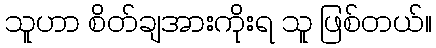
သူဟာ စိတ်ချအားကိုးရ သူ ဖြစ်တယ်။